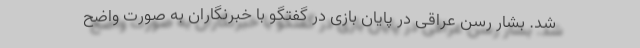
شد. بشار رسن عراقی در پایان بازی در گفتگو با خبرنگاران به صورت واضح